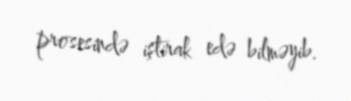
prosesində iştirak edə bilməyib.